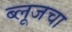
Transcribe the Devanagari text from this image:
ब्लूजचा